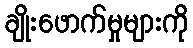
ချိုးဖောက်မှုများကို